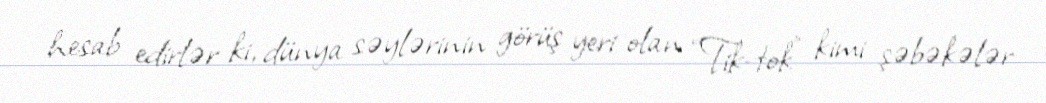
hesab edirlər ki, dünya səylərinin görüş yeri olan “Tik-tok” kimi şəbəkələr